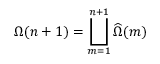
\Omega ( n + 1 ) = \bigsqcup _ { m = 1 } ^ { n + 1 } \widehat { \Omega } ( m )